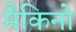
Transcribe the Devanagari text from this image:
मैकिनो